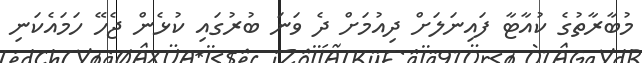
މުބާރާތުގެ ކުއާޓާ ފައިނަލަށް ދިއުމަށް ދެ ވަނަ ބުރުގައި ކުޅެން ޖެހޭ ހަމައެކަނި